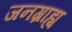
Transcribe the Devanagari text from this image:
जनग्राह्य